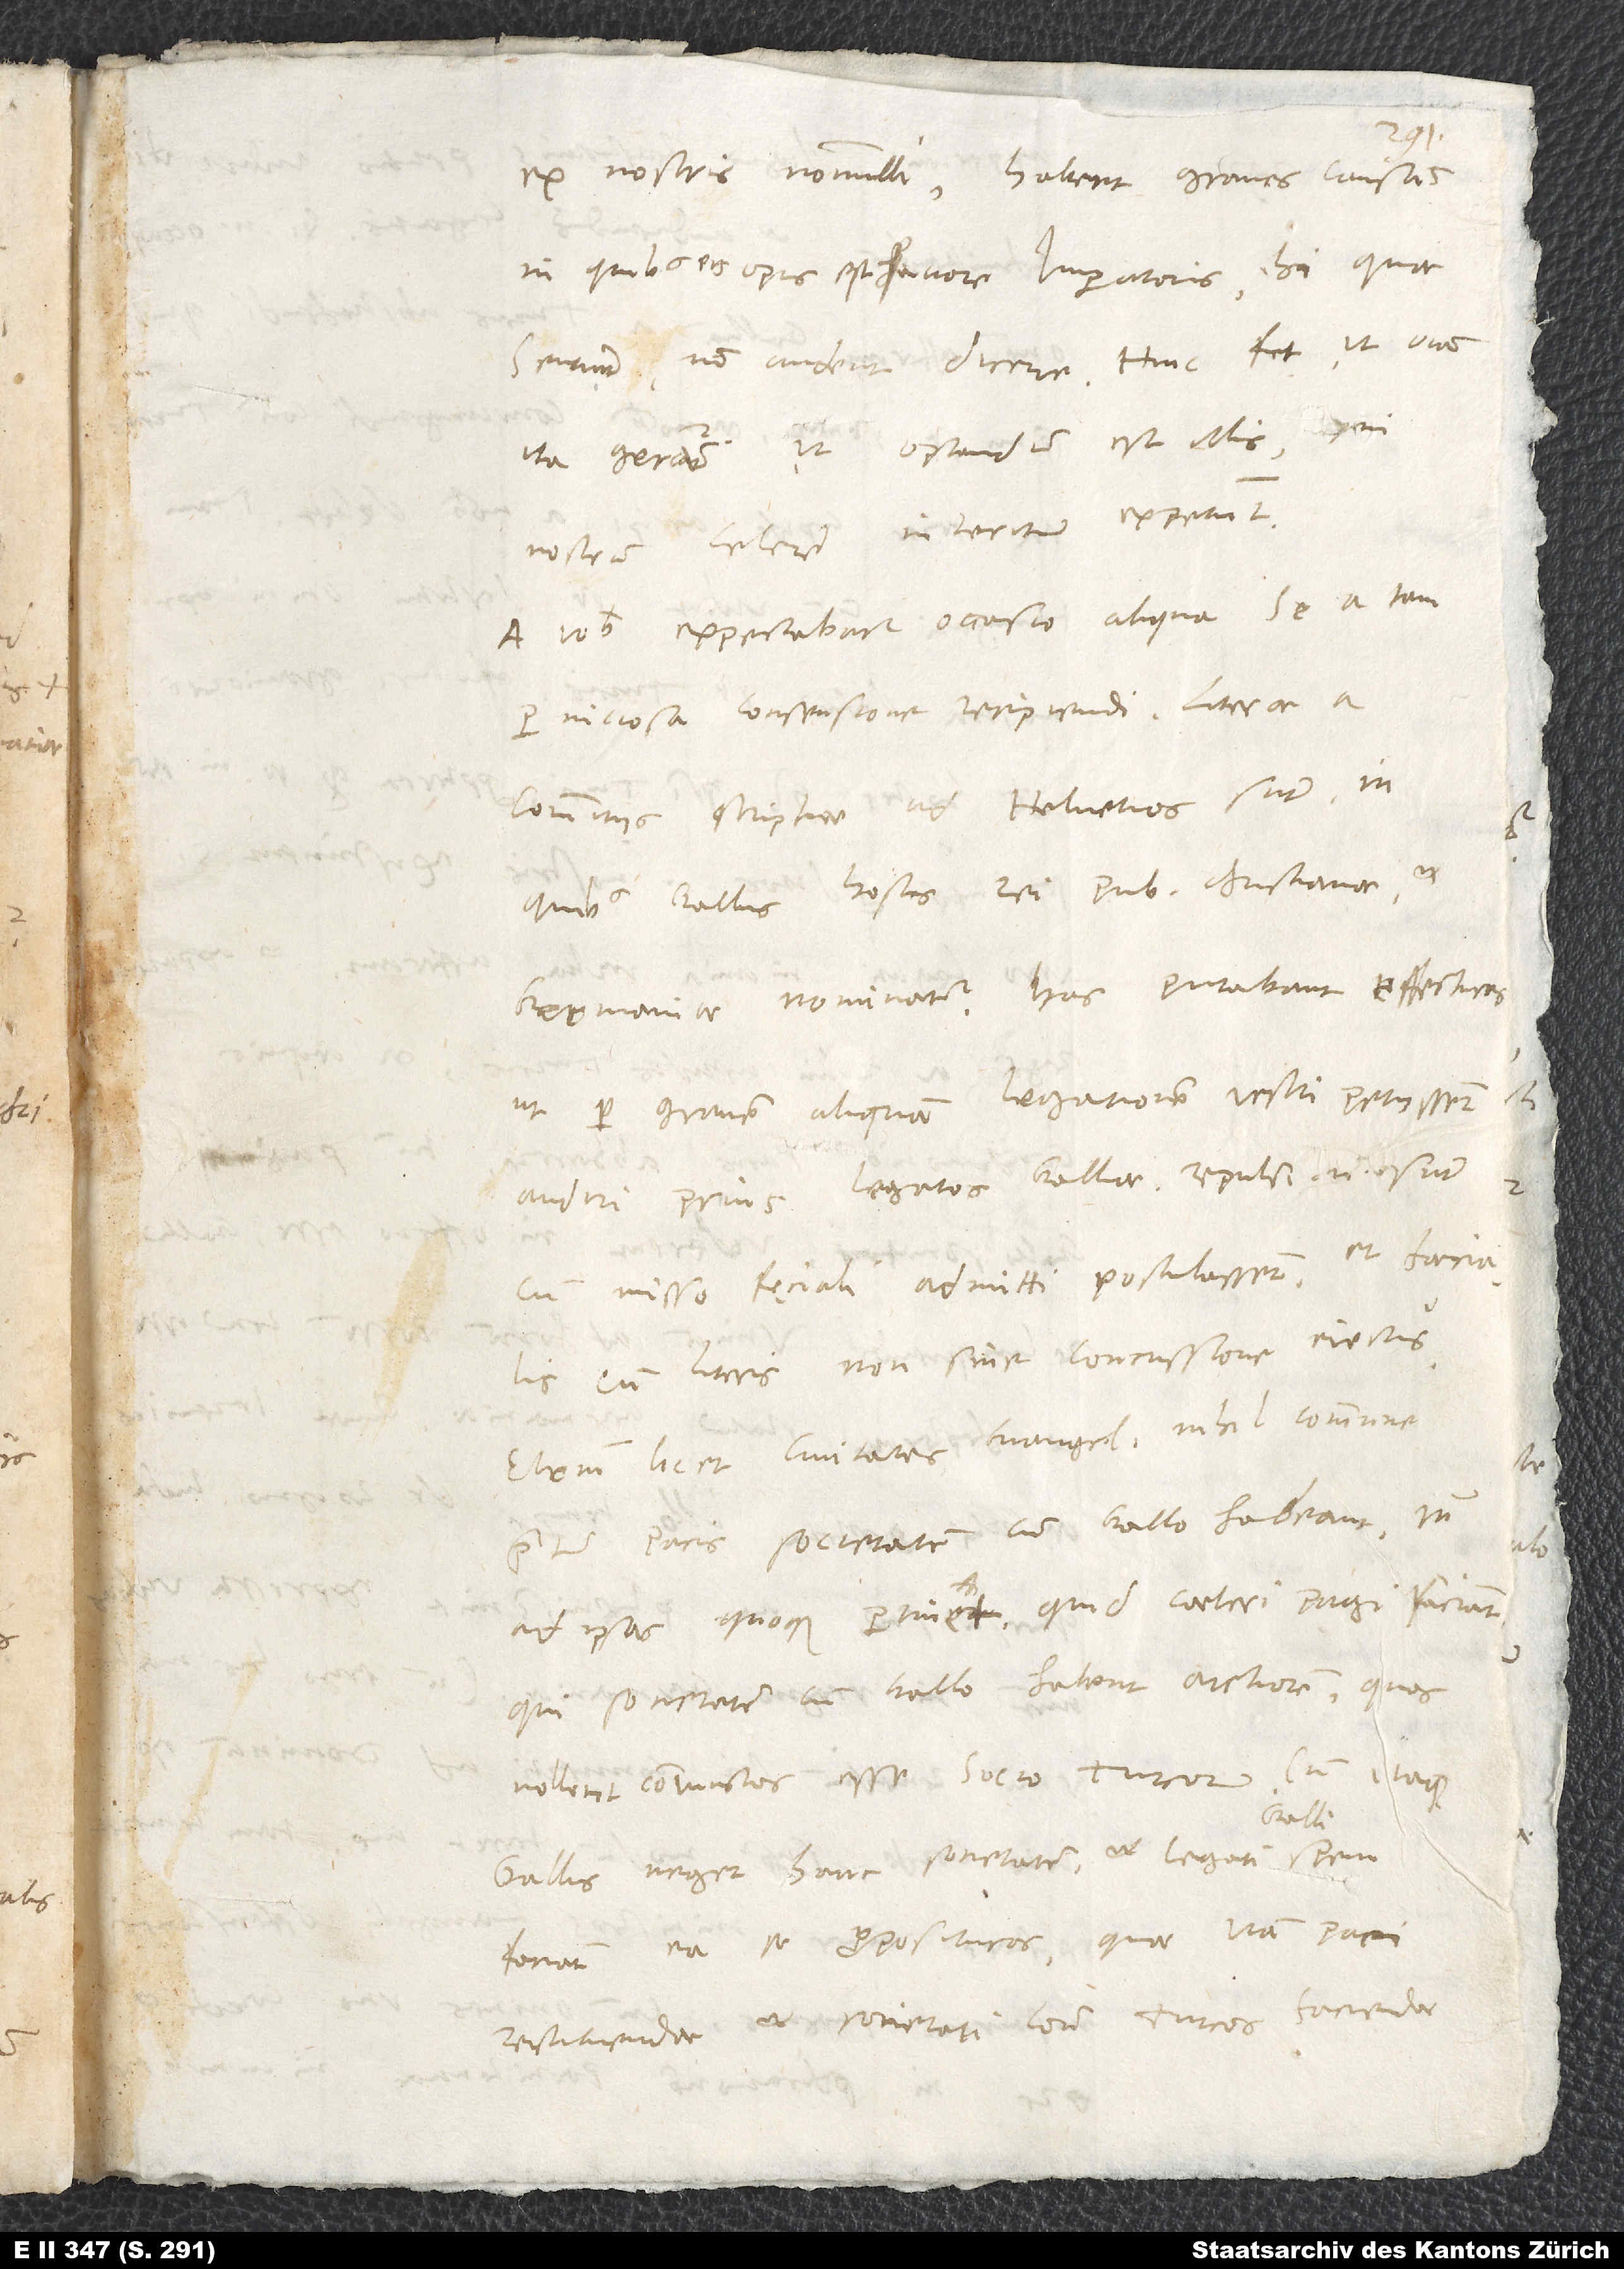
ex nostris nonnulli habent graves causas,
in quibus eis opus est favore imperatoris; hi, quae
sentiunt, non audent dicere. Hinc fit, ut omnia
ita gerantur, ut optandum est illis, qui
nostrum celerem interitum expetunt.
A vobis expectabatur occasio aliqua se a tam
perniciosa consensione recipiendi. Literae a
commitiis scripta ad Helvetios sunt, in
quibus Gallus hostis rei publicae christianae et
Germaniae nominatur. Has putabant effecturas,
S.
ut per gravem aliquam legationem vestri petiissent
audiri prius legatos Galliae; repulsi enim sunt,
cum misso fęciali admitti postulassent, et faecialis
cum literis non sine concussione eiectus.
Etenim licet civitates evangelicae nihil commune
praeter pacis societatem cum Gallo habeant, tamen
ad ipsas quoque pertinet, quid caeteri pagi faciant,
qui societatem cum Gallo habent arctiorem, quos
Gallus neget hanc societatem et legati
faciant ea se proposituros, quae viam paci
restituendae et societati contra Turcos faciendae